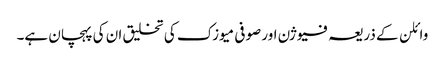
وائلن کے ذریعہ فیوژن اور صوفی میوزک کی تخلیق ان کی پہچان ہے۔